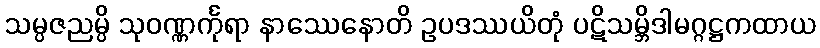
သမ္ပဇညမ္ပိ သုဝဏ္ဏင်္ကုရာ နာဿေနောတိ ဥပဒဿယိတုံ ပဋိသမ္ဘိဒါမဂ္ဂဋ္ဌကထာယ